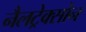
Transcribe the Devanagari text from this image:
नैलट्रेक्सोन